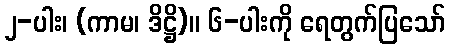
၂-ပါး၊ (ကာမ၊ ဒိဋ္ဌိ)။ ၆-ပါးကို ရေတွက်ပြသော်